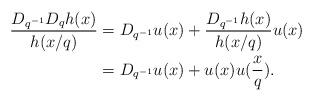
LaTeX: \begin{align*} \frac{D_{q^{-1}}D_q h(x)}{h(x/q)}&= D_{q^{-1}} u(x) +\frac{D_{q^{-1}} h(x)}{h(x/q)} u(x)\\& = D_{q^{-1}} u(x) + u(x) u(\frac{x}{q}). \end{align*}